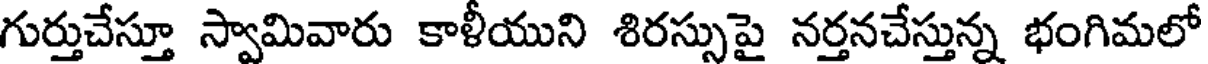
గుర్తుచేస్తూ స్వామివారు కాళీయుని శిరస్సుపై నర్తనచేస్తున్న భంగిమలో